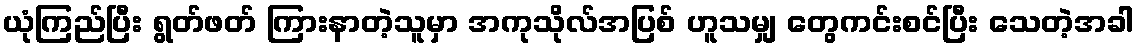
ယုံကြည်ပြီး ရွတ်ဖတ် ကြားနာတဲ့သူမှာ အကုသိုလ်အပြစ် ဟူသမျှ တွေကင်းစင်ပြီး သေတဲ့အခါ